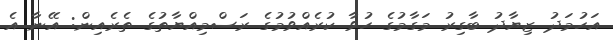
އަހުމަދު ޒިޔާދު ބާގިރު މަގާމުގެ ހުވާ ކުރެއްވުމުގެ ރަސްމިއްޔާތުގެ ތެރެއިން: އޭނާ އެ